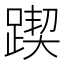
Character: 𨂰